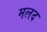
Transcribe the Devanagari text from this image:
मलद